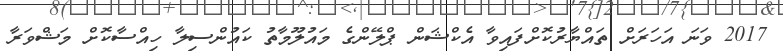
2017 ވަނަ އަހަރަށް ތައްޔާރުކޮށްފައިވާ އެކްޝަން ޕްލޭންގެ މައުލޫމާތު ކައުންސިލާ ހިއްސާކޮށް މަޝްވަރާ